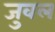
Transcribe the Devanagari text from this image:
जुवल